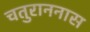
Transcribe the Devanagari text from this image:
चतुराननास